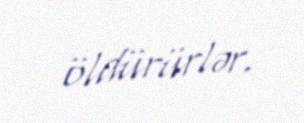
öldürürlər.